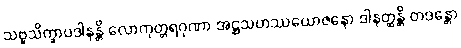
သဗ္ဗသိက္ခာပဒါနန္တိ လောကုတ္တရဂုဏာ အဋ္ဌသဟဿယောဇနော ဒါနတ္ထန္တိ တဒန္တော